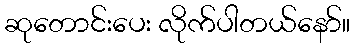
ဆုတောင်းပေး လိုက်ပါတယ်နော်။